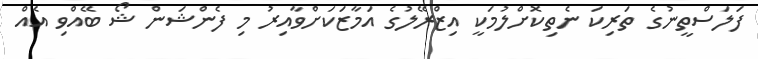
ފަލަސްތީނުގެ ތަރިކަ ނެތިކޮށްލުމަކީ އިޒްރޭލުގެ އަމާޒަކަށްވާއިރު މި ފެންޝަން ޝޯ ބޭއްވި އެއް